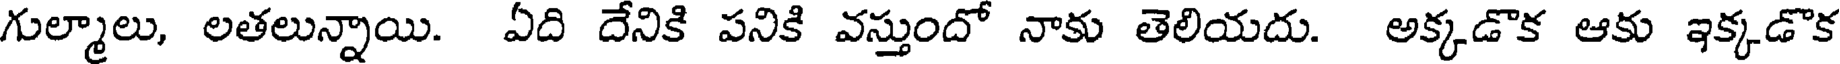
గుల్మాలు, లతలున్నాయి. ఏది దేనికి పనికి వస్తుందో నాకు తెలియదు. అక్కడొక ఆకు ఇక్కడొక